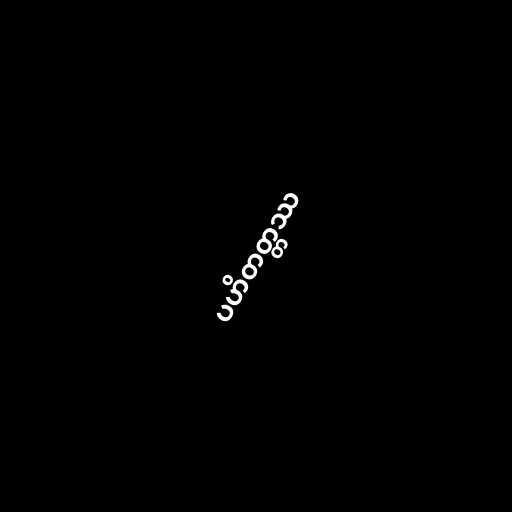
ပဟိတတ္တဿ